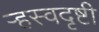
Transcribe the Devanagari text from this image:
ऱ्हस्वदृष्टी